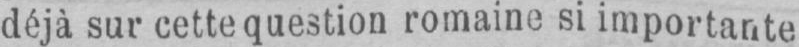
déjà sur cette question romaine si importante